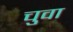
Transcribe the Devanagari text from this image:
चुवा